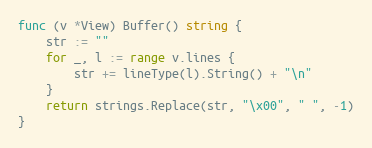
Language: Go
func (v *View) Buffer() string {
	str := ""
	for _, l := range v.lines {
		str += lineType(l).String() + "\n"
	}
	return strings.Replace(str, "\x00", " ", -1)
}